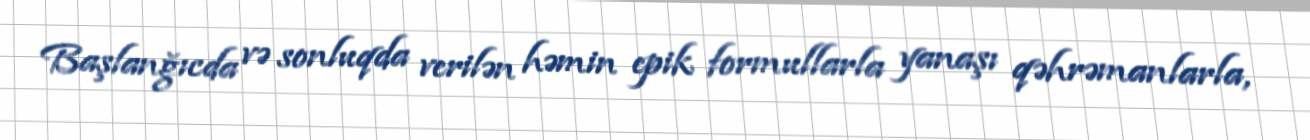
Başlanğıcda və sonluqda verilən həmin epik formullarla yanaşı qəhrəmanlarla,